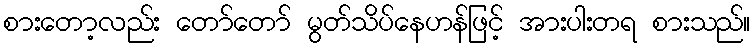
စားတော့လည်း တော်တော် မွတ်သိပ်နေဟန်ဖြင့် အားပါးတရ စားသည်။